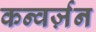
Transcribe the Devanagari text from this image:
कन्वर्ज़न